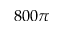
8 0 0 \pi